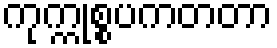
ကုက္ကုစ္စပကတတာ